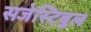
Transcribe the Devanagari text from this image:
सजेस्टिबुल